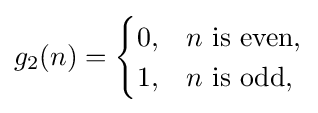
g_{2}(n)={\begin{cases}0,&n{\text{ is even,}}\\1,&n{\text{ is odd,}}\end{cases}}